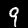
Digit: 9